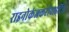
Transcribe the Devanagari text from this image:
राइनोकंजकटीवाइटिस